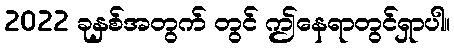
2022 ခုနှစ်အတွက် တွင် ဤနေရာတွင်ရှာပါ။